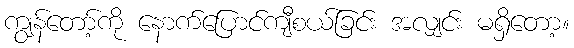
ကျွန်တော့်ကို နောက်ပြောင်ကျီစယ်ခြင်း အလျှင်း မရှိတော့။